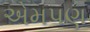
એમપણ